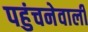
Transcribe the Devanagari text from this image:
पहुंचनेवाली